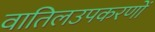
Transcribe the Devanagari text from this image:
वातिलउपकरणों